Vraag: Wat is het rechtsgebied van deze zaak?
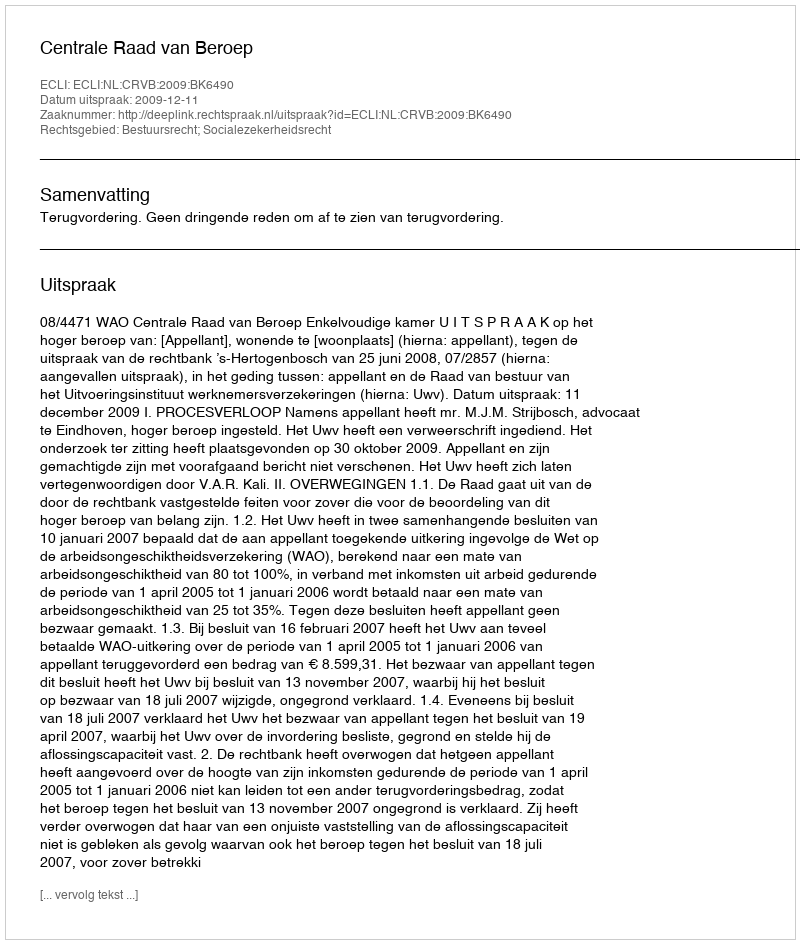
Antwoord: Bestuursrecht; Socialezekerheidsrecht